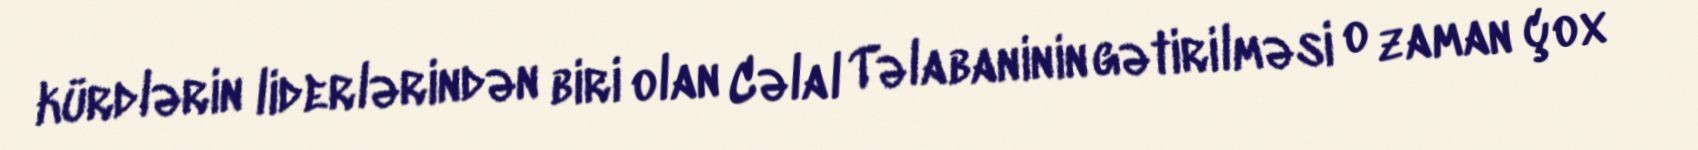
kürdlərin liderlərindən biri olan Cəlal Təlabaninin gətirilməsi o zaman çox